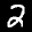
Label: 2